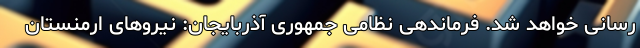
رسانی خواهد شد. فرماندهی نظامی جمهوری آذربایجان: نیروهای ارمنستان